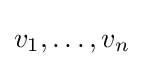
v_{1},\ldots ,v_{n}